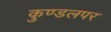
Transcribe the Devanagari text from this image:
कुण्डलपर